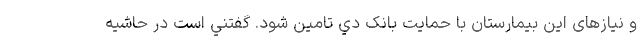
و نیازهای این بیمارستان با حمايت بانک دي تامین شود. گفتني است در حاشيه